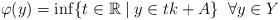
LaTeX: \begin{align*}\varphi (y)= \inf \{t\in{\mathbb{R}} \mid y\in tk + A\} \;\;\forall y\in Y \end{align*}